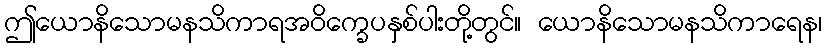
ဤယောနိသောမနသိကာရအဝိက္ခေပနှစ်ပါးတို့တွင်။ ယောနိသောမနသိကာရေန၊